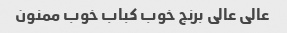
عالی عالی برنج خوب کباب خوب ممنون